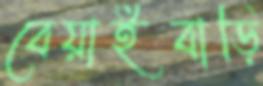
বেয়াইবাড়ি